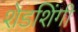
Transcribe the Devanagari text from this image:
शेडशिंगी